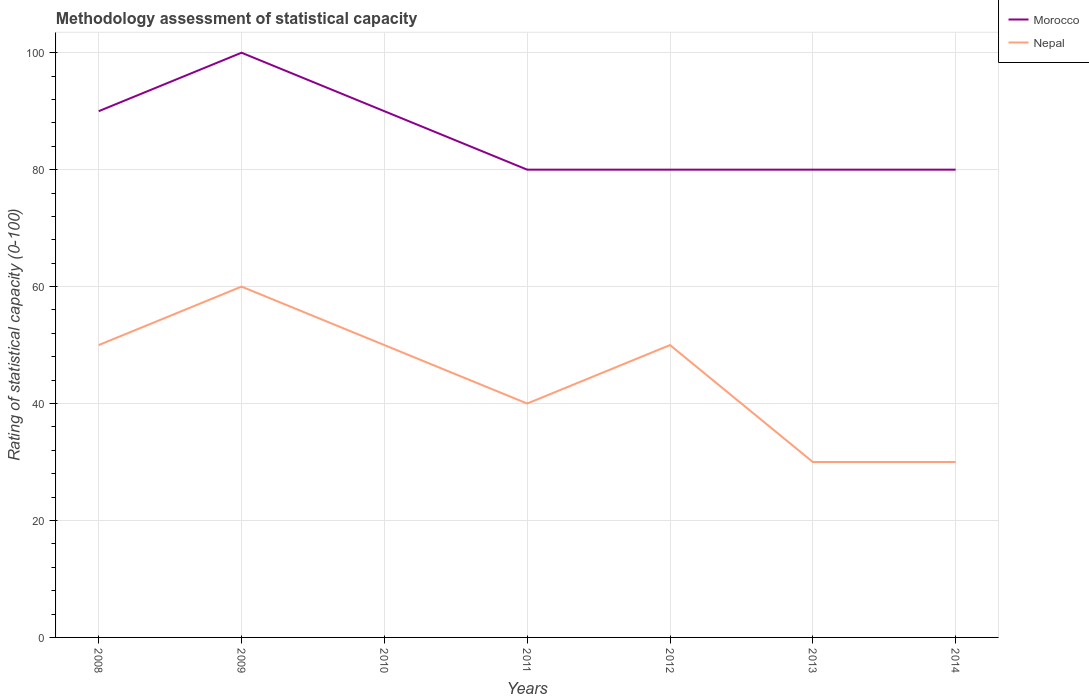
| Years | Morocco | Nepal |
 | --- | --- | --- |
 | 2008 | 90 | 50 |
 | 2009 | 100 | 60 |
 | 2010 | 90 | 50 |
 | 2011 | 80 | 40 |
 | 2012 | 80 | 50 |
 | 2013 | 80 | 30 |
 | 2014 | 80 | 30 |